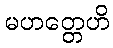
မဟတ္တေဟိ